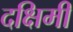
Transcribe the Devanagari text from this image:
दक्षिमी